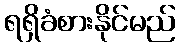
ရရှိခံစားနိုင်မည်